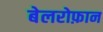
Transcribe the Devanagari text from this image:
बेलरोफ़ान